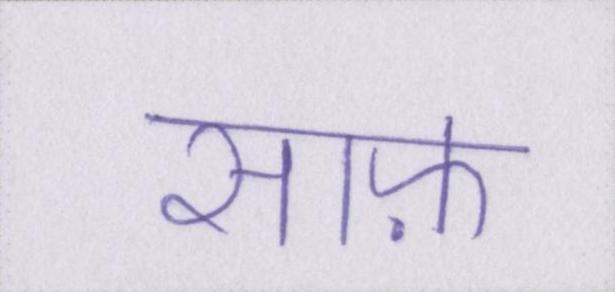
साफ़